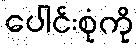
ပေါင်းစုံကို